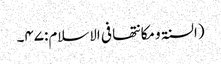
(السنۃ ومکانتھا فی الاسلام:۴۷۔